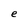
Character: e